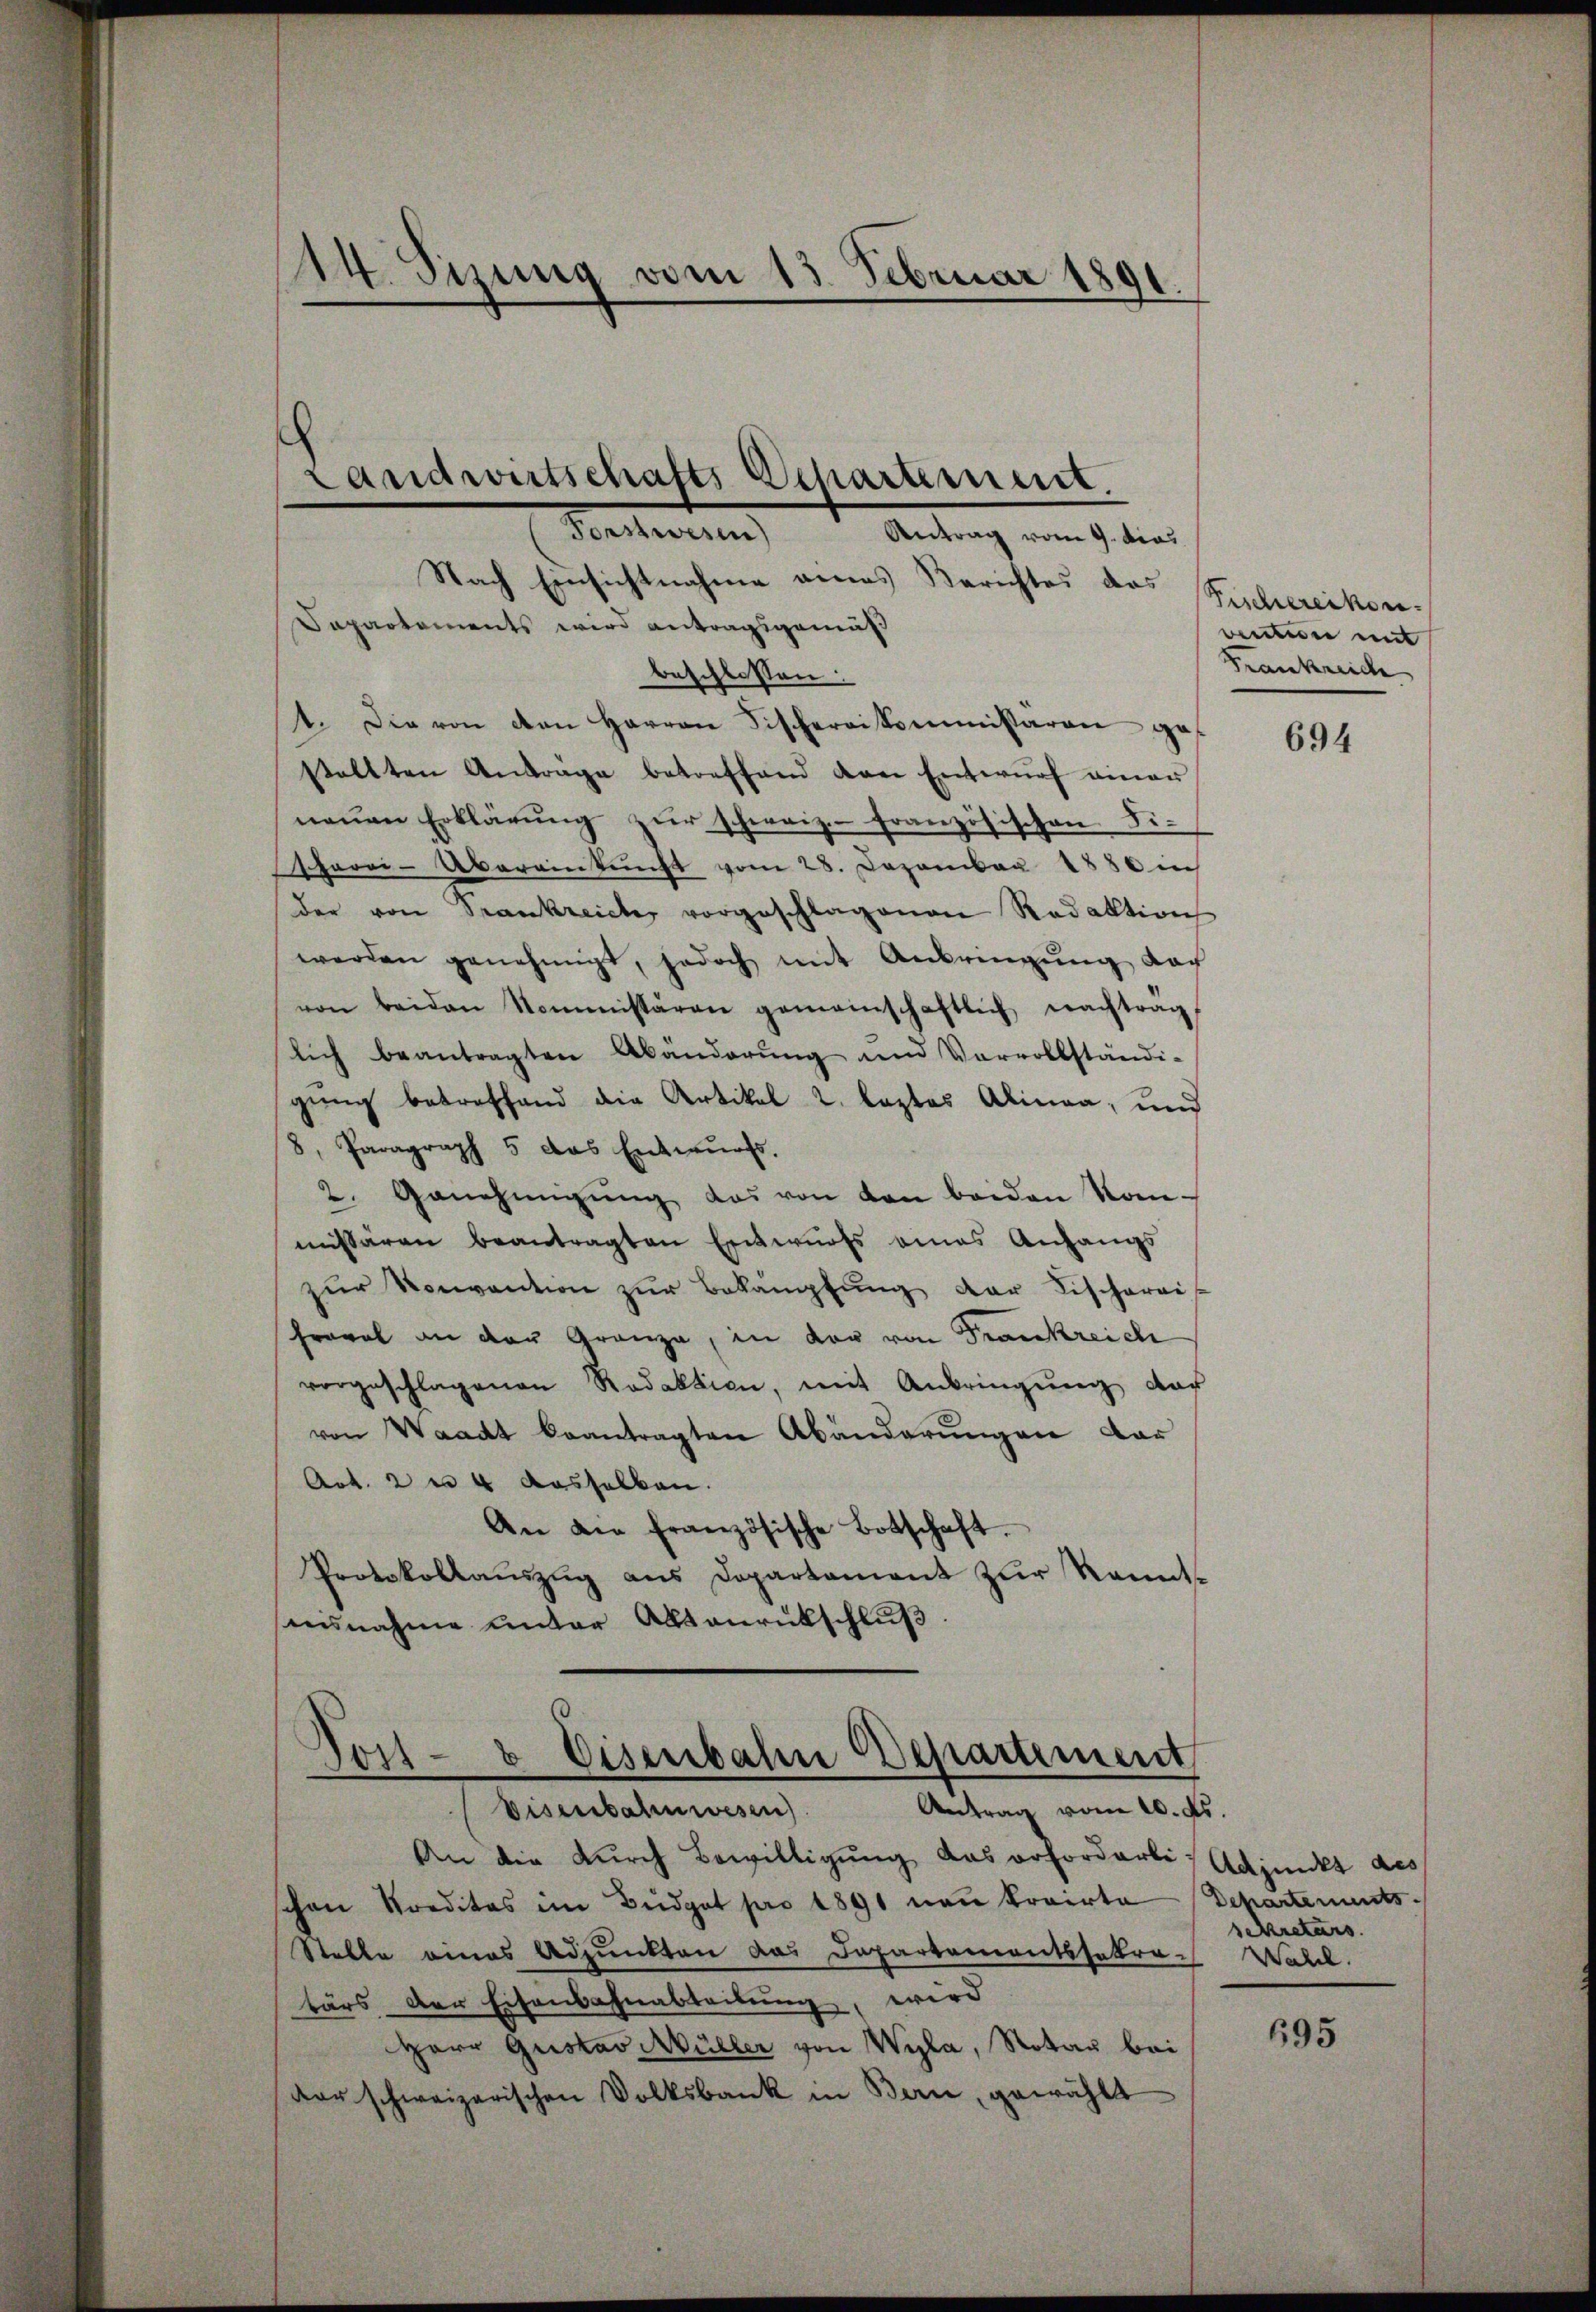
14. Sizung vom 15. Februar 1891.

.
Landwirtschafts Departement.

Tonstwesen) Antrag vom 9. dies
Nach Einsichtnahme eines Berichtes das Sachereikon-
Sapartements wird antragsgemäß
beschlossen:
4. Die von den Herren Fischereikommissären gestallten Antrage betreffend von Entwŭrf einer
neŭen Erklärŭng zŭr schweiz. französischen Si¬
Therei-Übereinkunft vom 28. Dezember 1886 in
der von Trankreicher vorgeschlagenen Redaktion
werden genehmigt, jedoch mit Anbringŭng nach
von beiden Kommissären gemeinschaftlich nachtragt
lich beantragten Abänderŭng und Vervollständi-
gung betreffend die Artikel 2. leztes Alinea, und
8, Paragraph 5 das Entwurfs.
2. Genehmigŭng das von den beiden Kom-
missären beantragten Entwurfs eines Anfangs
zŭr Konvention zŭr Bekämpfŭng der Fischerei
Froval an der Granza, in der von Frankreich
vorgeschlagenen Redaktion, mit Anbringung aus
von Waadt beantragten Abänderŭngen dar
Art. 2 u 4 dasselben.
An die französische Botschaft.
Protokollauszug aus Departament zur Kennt-
annahme unter Altanrückschlŭβ

Tost- & Eisenbahn Departement
Antrag vom 10. ds.
Eisenbahnwesen

An die durch Bewilligung das erforderli, Adjunkt des
schon Kreditas im Büdget pro 1891 nen Krainta
Stelle eines Adjunkten das Departementssekra- Wahl.
tärs der Eisenbahnabteilung, wird
Herr Gustav Müller von Wyla, Notar bei
der schweizerischen Volksbank in Bern, gewählt

vention mit
Frankreide

694

Departements.
sekretärs.

695